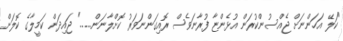
"ކަލޭ އަހަންނަށް ޖެއްސުންކުރަން އުޅެންޏާ ފުރާނަވެސް ރޮއިގަންނަވަރު ކޮށްލާނަން......" ޖައިދަން ކަމީލާގެ ކޮލަށް